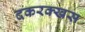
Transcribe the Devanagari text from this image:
दकरक्खस